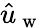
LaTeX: \hat{u}_{\mathrm{~w~}}